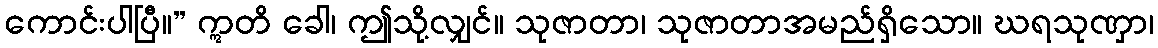
ကောင်းပါပြီ။” ဣတိ ခေါ၊ ဤသို့လျှင်။ သုဇာတာ၊ သုဇာတာအမည်ရှိသော။ ဃရသုဏှာ၊